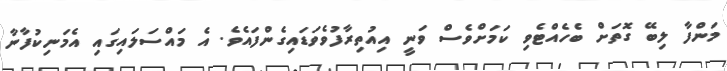
މަންފާ ލިބޭ ގޮތަށް ބެހެއްޓެވި ކަމަށްވެސް ވަނީ އިއުތިރާފުވެވަޑައިގެންފައެވެ. އެ މައްސަލައިގައި އެމަނިކުފާނާ